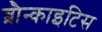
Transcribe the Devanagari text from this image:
ब्रौन्काइटिस